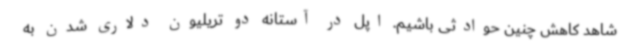
شاهد کاهش چنین حوادثی باشیم. اپل در آستانه دو تریلیون دلاری شدن به